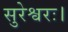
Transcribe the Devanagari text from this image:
सुरेश्वरः।